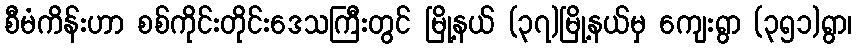
စီမံကိန်းဟာ စစ်ကိုင်းတိုင်းဒေသကြီးတွင် မြို့နယ် (၃၇)မြို့နယ်မှ ကျေးရွာ (၃၅၁)ရွာ၊